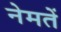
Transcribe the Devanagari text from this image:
नेमतें